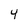
Character: 4